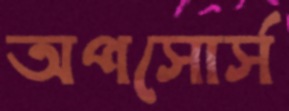
অপসোর্স